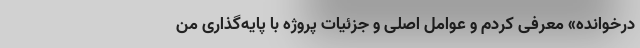
درخوانده» معرفی کردم و عوامل اصلی و جزئیات پروژه با پایه‌گذاری من